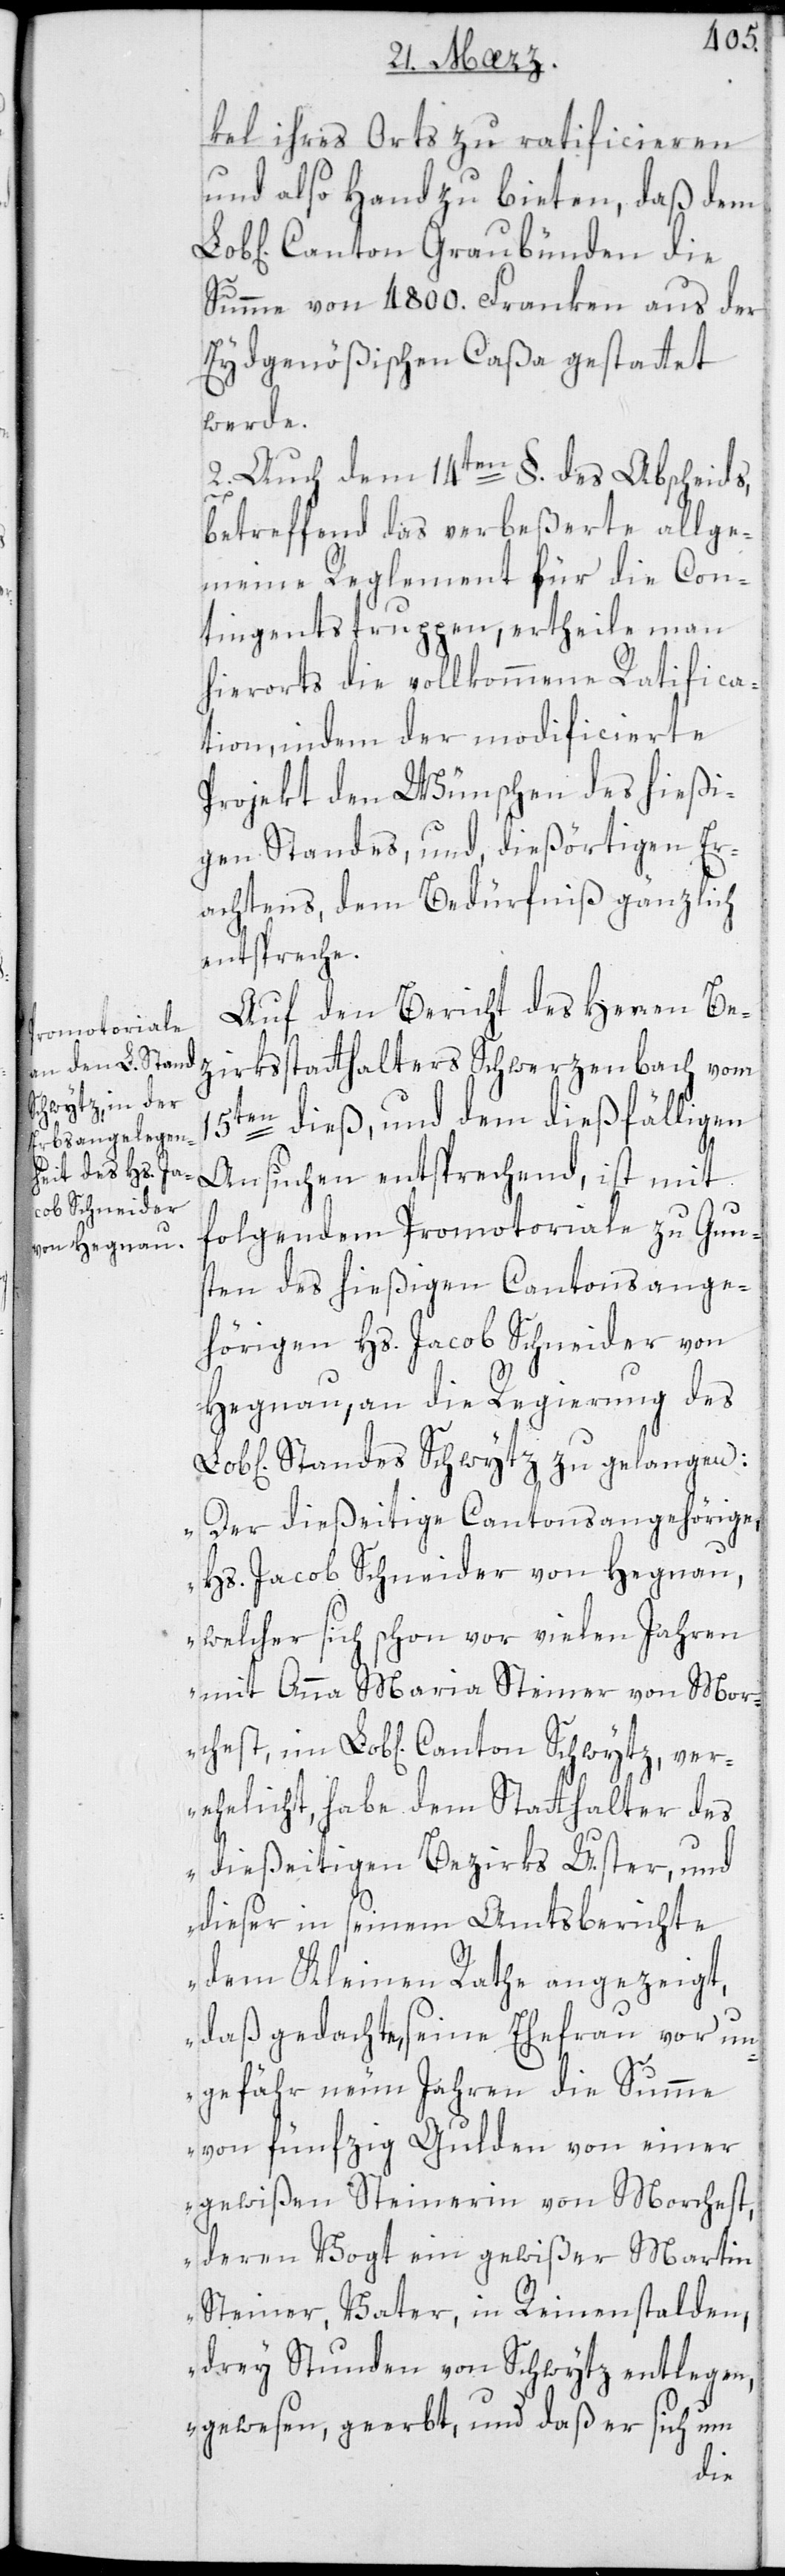
Schwytz, ver¬

kel ihres Orts zu ratificieren
und also Hand zu bieten, daß dem
Canton Graubünden die
Summe von 4800. Franken aus der
Eydgenößischen Caßa gestattet
werde.
2. Auch dem 14ten §. des Abscheids,
betreffend das verbeßerte allge¬
meine Reglement für die Con¬
tingentstruppen, ertheile man
hierorts die vollkommene Ratifica¬
tion, indem der modificierte
Projekt den Wünschen des hießi¬
gen Standes, und, dießörtigen Er¬
achtens, dem Bedürfniß gänzlich
entspreche.
Auf den Bericht des Herren Be¬
zirksstatthalters Schwerzenbach vom
15ten dieß, und dem dießfälligen
Ansuchen entsprechend, ist mit
folgendem Promotoriale zu Gun¬
sten des hießigen Cantonsange¬
hörigen Hs. Jacob Schneider von
Hegnau, an die Regierung des
Standes Schwytz zu gelangen:
„Der dießeitige Cantons-Angehörige
Hs. Jacob Schneider von Hegnau,
welcher sich schon vor vielen Jahren
mit Anna Maria Steiner von Mor¬
ehelicht, habe dem Statthalter des
dießeitigen Bezirks Uster, und
dieser in seinem Amtsberichte
dem Kleinen Rathe angezeigt,
daß gedachte seine Ehefrau vor un¬
gefähr neun Jahren die Summe
von fünfzig Gulden von einer
gewißen Steinerin von Morchest,
deren Vogt ein gewißer Martin
Steiner, Vater, in Riemenstalden,
drey stunden von Schwytz entlegen,
gewesen, geerbt, und daß er sich um
chest